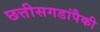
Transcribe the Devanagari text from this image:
छत्तीसगडांपैकी